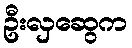
ဦးလှဆွေက